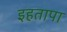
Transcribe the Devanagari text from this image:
इहतापा